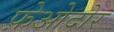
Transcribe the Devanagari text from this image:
फ़ेओदोर